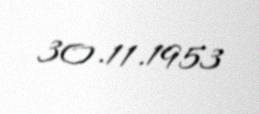
30.11.1953